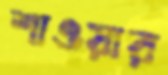
শাওয়ার